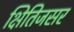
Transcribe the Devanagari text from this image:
क्षितिजसर